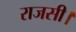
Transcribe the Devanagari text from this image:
राजसी।